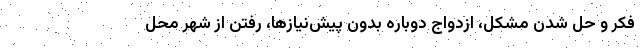
فکر و حل شدن مشکل، ازدواج دوباره بدون پیش‌نیازها، رفتن از شهر محل